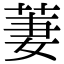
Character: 萋